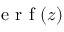
\mathrm { ~ e ~ r ~ f ~ } ( z )